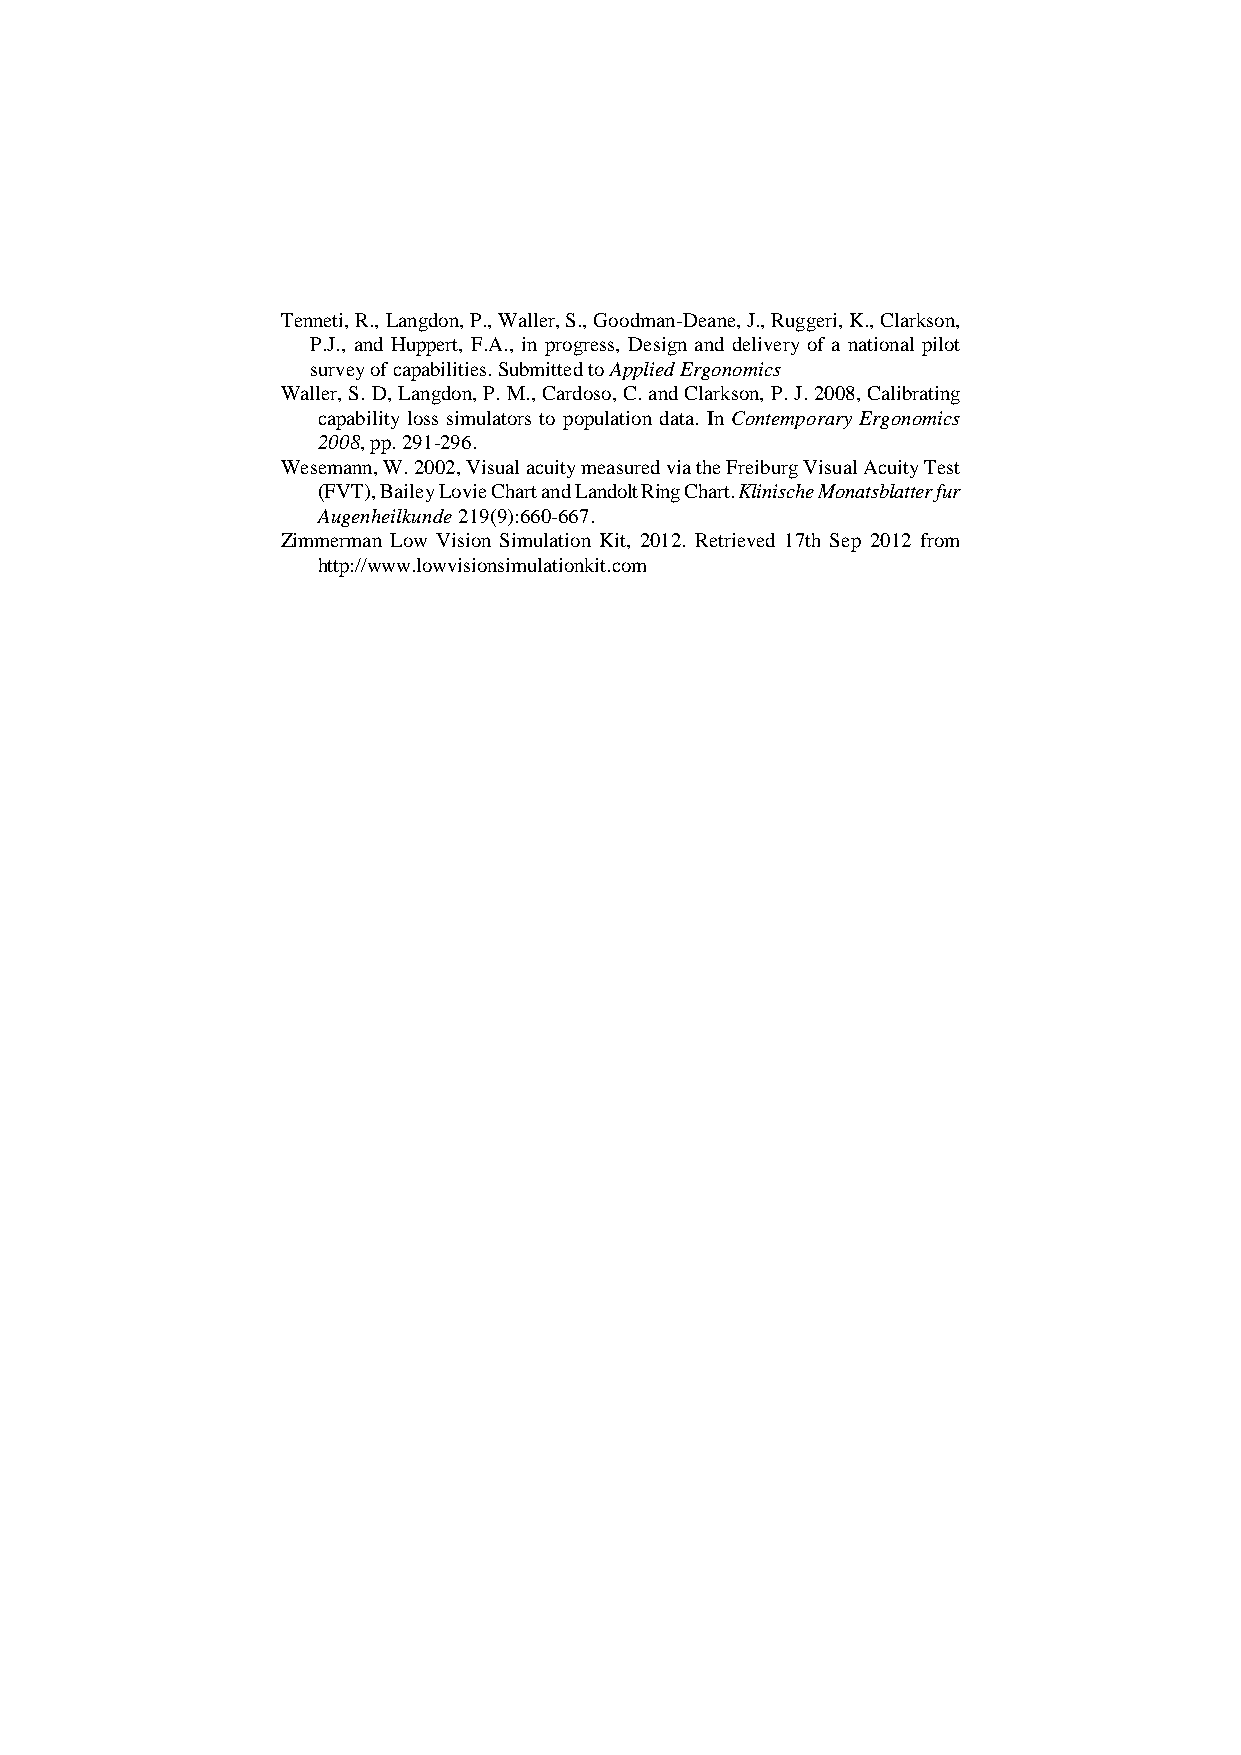
Tenneti, R., Langdon, P., Waller, S., Goodman-Deane, J., Ruggeri, K., Clarkson,
 P.J., and Huppert, F.A., in progress, Design and delivery of a national pilot
 survey of capabilities. Submitted to Applied Ergonomics
 Waller, S. D, Langdon, P. M., Cardoso, C. and Clarkson, P. J. 2008, Calibrating
 capability loss simulators to population data. In Contemporary Ergonomics
 2008, pp. 291-296.
 Wesemann, W. 2002, Visual acuity measured via the Freiburg Visual Acuity Test
 (FVT), Bailey Lovie Chart and Landolt Ring Chart. Klinische Monatsblatter fur
 Augenheilkunde 219(9):660-667.
 Zimmerman Low Vision Simulation Kit, 2012. Retrieved 17th Sep 2012 from
 http://www.lowvisionsimulationkit.com